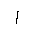
Letter: _alif